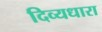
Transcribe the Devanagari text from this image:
दिव्यधारा